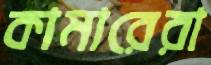
কামারেরা